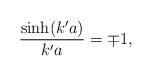
LaTeX: \begin{align*}\frac{\sinh(k'a)}{k'a}=\mp 1,\end{align*}